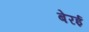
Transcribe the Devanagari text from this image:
बेरई